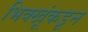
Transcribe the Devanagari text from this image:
भिक्खूंकडून